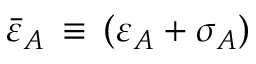
{ \bar { \varepsilon } } _ { A } \, \equiv \, ( \varepsilon _ { A } + \sigma _ { A } )